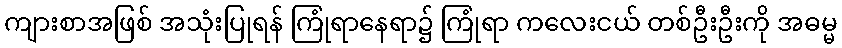
ကျားစာအဖြစ် အသုံးပြုရန် ကြုံရာနေရာ၌ ကြုံရာ ကလေးငယ် တစ်ဦးဦးကို အဓမ္မ